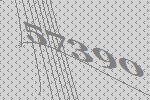
57390